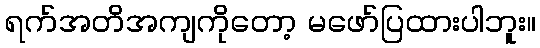
ရက်အတိအကျကိုတော့ မဖော်ပြထားပါဘူး။